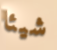
شيئا